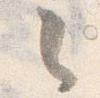
之